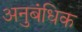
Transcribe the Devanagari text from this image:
अनुबंधिक